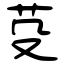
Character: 芟